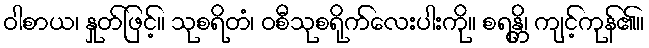
ဝါစာယ၊ နှုတ်ဖြင့်။ သုစရိတံ၊ ဝစီသုစရိုက်လေးပါးကို။ စရန္တိ၊ ကျင့်ကုန်၏။